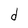
Character: d